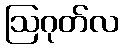
ဩဂုတ်လ